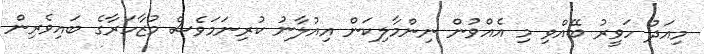
މިއަދު ހަވީރު ބޭއްވި މި އެއްވުން ނިންމާލިކަން އިއުލާނު ކުރިނަމަވެސް މުޒާހަރާގެ ބައިވެރިން